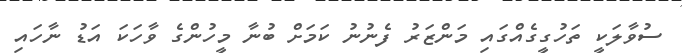
ސުވާލަކީ ތަހުގީގެއްގައި މަންޒަރު ފެނުނު ކަމަށް ބުނާ މީހުންގެ ވާހަކަ އަޑު ނާހައި